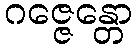
ဂဇ္ဇေန္တော